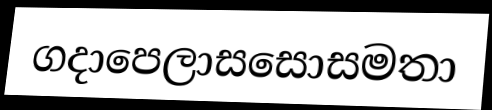
ගදාපෙලාසසොසමතා